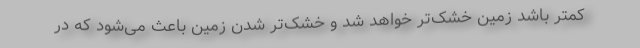
کمتر باشد زمین خشک‌تر خواهد شد و خشک‌تر شدن زمین باعث می‌شود که در